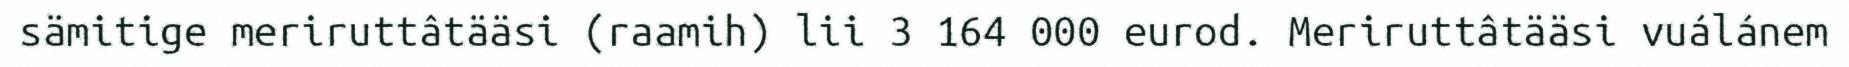
sämitige meriruttâtääsi (raamih) lii 3 164 000 eurod. Meriruttâtääsi vuálánem